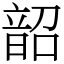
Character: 韶